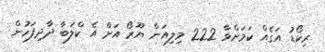
ރިކޯޑު އަގެއް ކަމަށްވާ 222 މިލިއަން ޔޫރޯ އަށް އެ ކްލަބާ ދާދިފަހުން